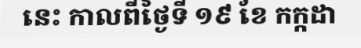
នេះ កាលពីថ្ងៃទី ១៩ ខែ កក្កដា